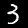
Digit: 3